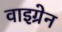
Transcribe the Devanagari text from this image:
वाइग्रेन